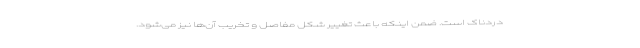
دردناک است. ضمن اینکه باعث تغییر شکل مفاصل و تخریب آن‌ها نیز می‌شود.